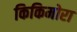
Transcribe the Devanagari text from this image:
किकिमोरा